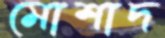
মোশাদ